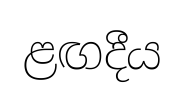
ළඟදීය